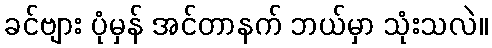
ခင်ဗျား ပုံမှန် အင်တာနက် ဘယ်မှာ သုံးသလဲ။